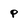
Character: p